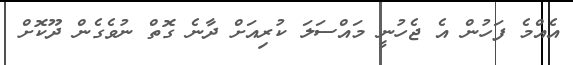
އެއްމެ ފަހުން އެ ޖެހުނީ މައްސަލަ ކުރިއަށް ދާނެ ގޮތް ނުވެގެން ދޫކޮށް